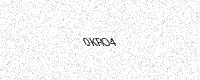
Text: 0KRO4